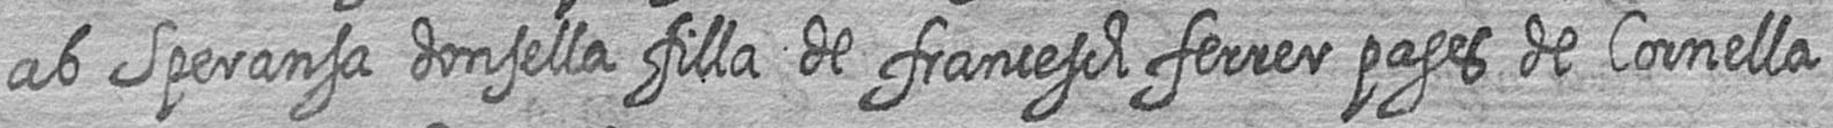
ab Speransa donsella filla de francesch ferrer pages de Cornella